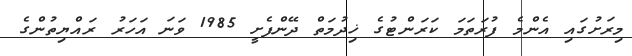
މިރަށުގައި އެންމެ ފުރަތަމަ ކަރަންޓުގެ ޚިދުމަތް ދޭންފެށީ 1985 ވަނަ އަހަރު ރައްޔިތުންގެ